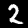
Digit: 2